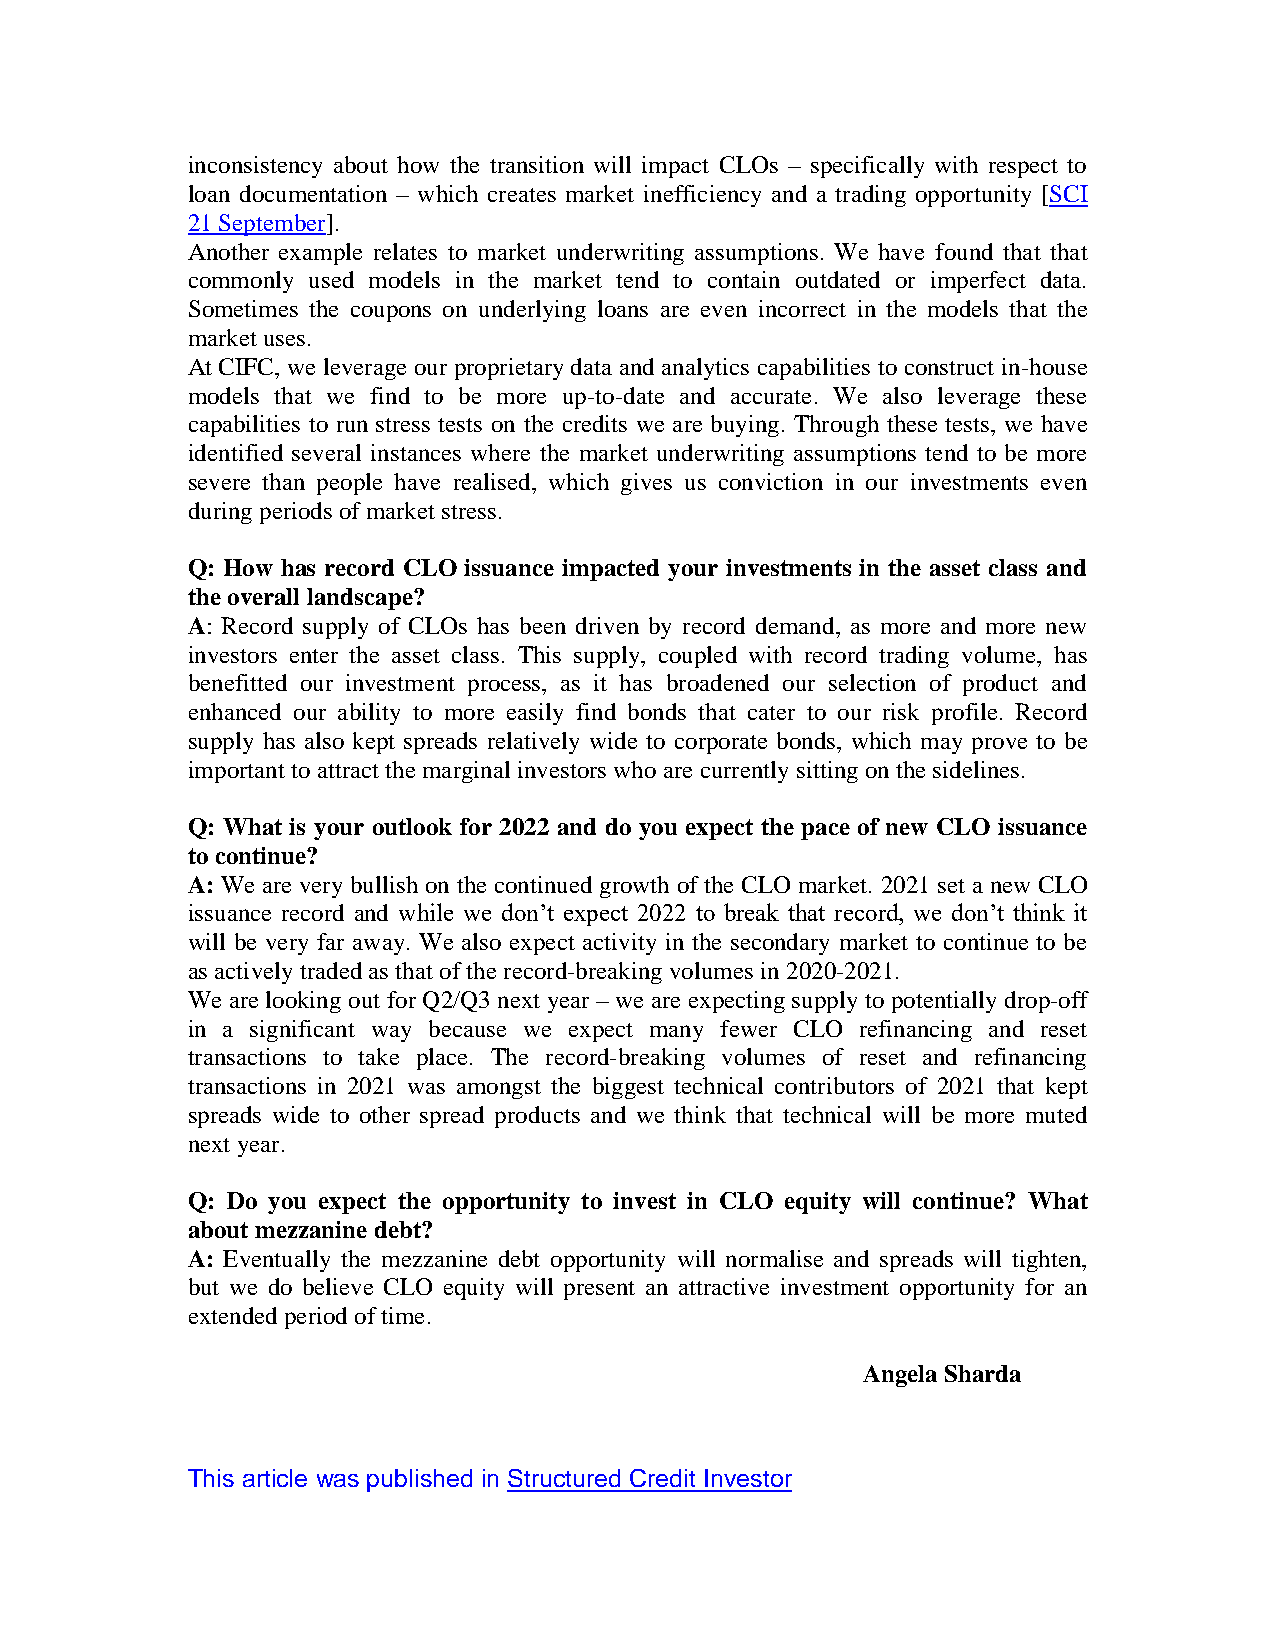
inconsistency about how the transition will impact CLOs – specifically with respect to
 loan documentation – which creates market inefficiency and a trading opportunity [SCI
 21 September].
 Another example relates to market underwriting assumptions. We have found that that
 commonly used models in the market tend to contain outdated or imperfect data.
 Sometimes the coupons on underlying loans are even incorrect in the models that the
 market uses.
 At CIFC, we leverage our proprietary data and analytics capabilities to construct in-house
 models that we find to be more up-to-date and accurate. We also leverage these
 capabilities to run stress tests on the credits we are buying. Through these tests, we have
 identified several instances where the market underwriting assumptions tend to be more
 severe than people have realised, which gives us conviction in our investments even
 during periods of market stress.
 Q: How has record CLO issuance impacted your investments in the asset class and
 the overall landscape?
 A: Record supply of CLOs has been driven by record demand, as more and more new
 investors enter the asset class. This supply, coupled with record trading volume, has
 benefitted our investment process, as it has broadened our selection of product and
 enhanced our ability to more easily find bonds that cater to our risk profile. Record
 supply has also kept spreads relatively wide to corporate bonds, which may prove to be
 important to attract the marginal investors who are currently sitting on the sidelines.
 Q: What is your outlook for 2022 and do you expect the pace of new CLO issuance
 to continue?
 A: We are very bullish on the continued growth of the CLO market. 2021 set a new CLO
 issuance record and while we don’t expect 2022 to break that record, we don’t think it
 will be very far away. We also expect activity in the secondary market to continue to be
 as actively traded as that of the record-breaking volumes in 2020-2021.
 We are looking out for Q2/Q3 next year – we are expecting supply to potentially drop-off
 in a significant way because we expect many fewer CLO refinancing and reset
 transactions to take place. The record-breaking volumes of reset and refinancing
 transactions in 2021 was amongst the biggest technical contributors of 2021 that kept
 spreads wide to other spread products and we think that technical will be more muted
 next year.
 Q: Do you expect the opportunity to invest in CLO equity will continue? What
 about mezzanine debt?
 A: Eventually the mezzanine debt opportunity will normalise and spreads will tighten,
 but we do believe CLO equity will present an attractive investment opportunity for an
 extended period of time.
 Angela Sharda
 This article was published in Structured Credit Investor